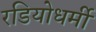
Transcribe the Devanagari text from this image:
रडियोधर्मी